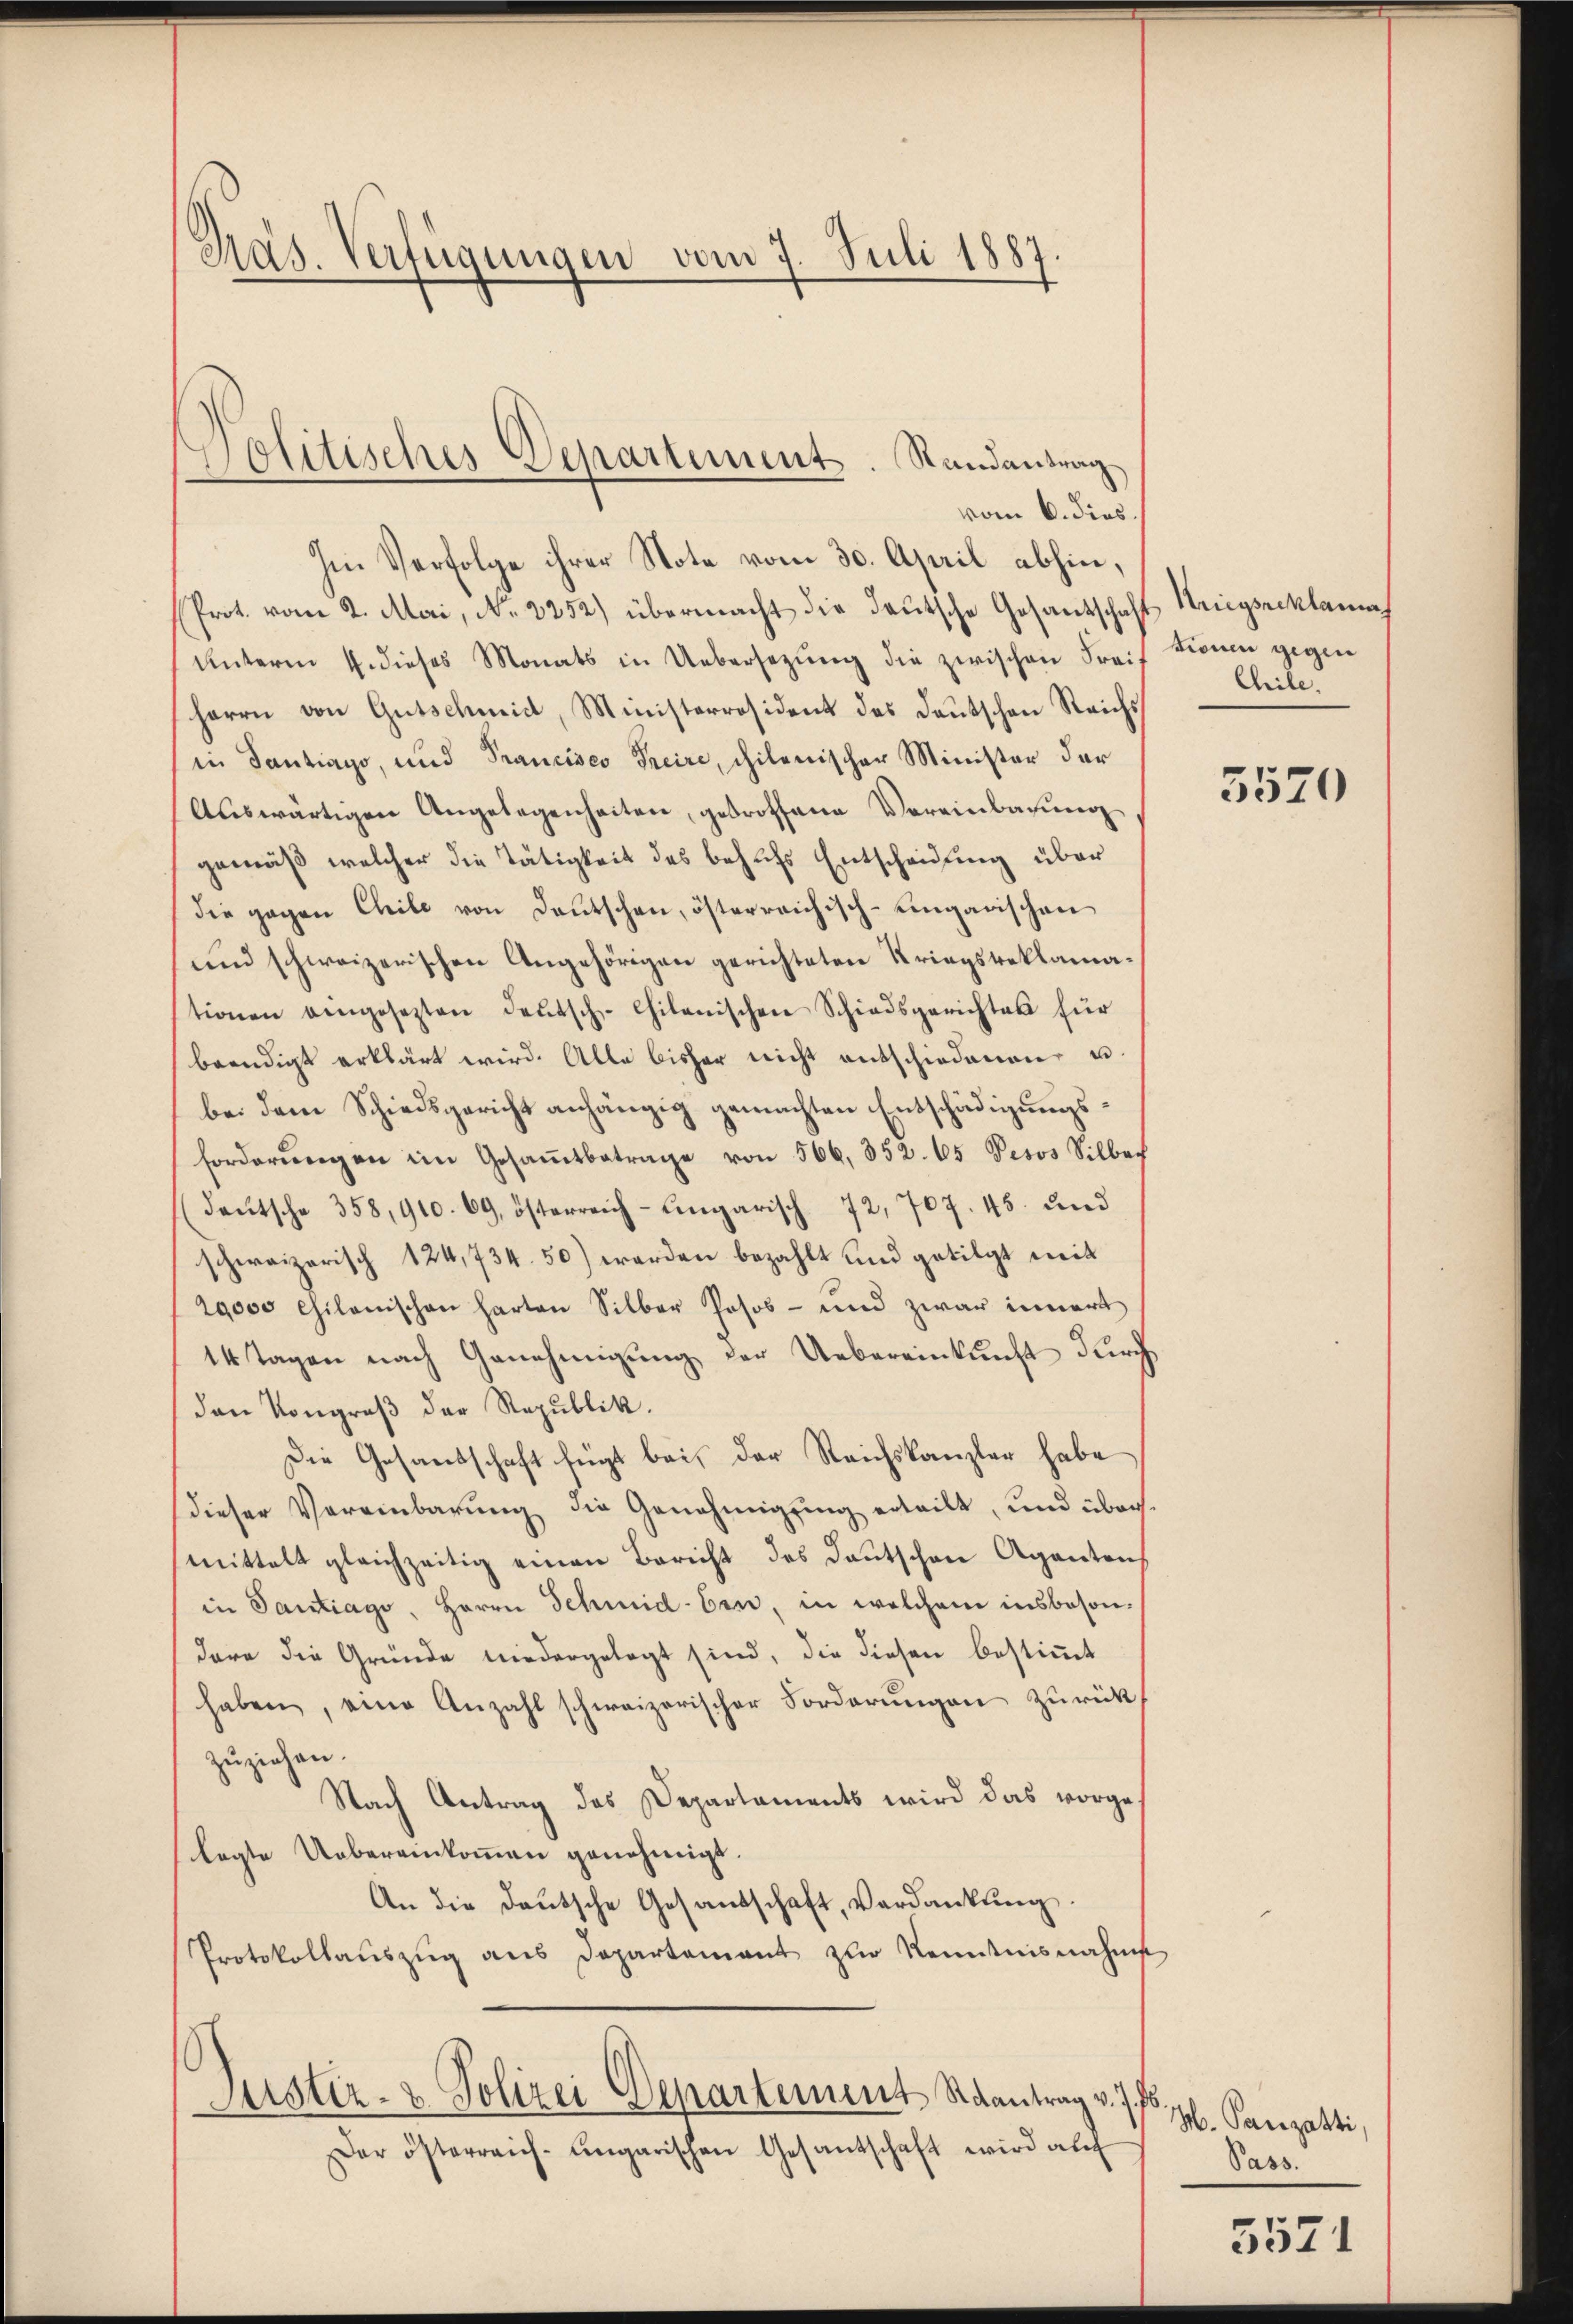
Pas. Verfügungen vom 7. Juli 1887

)
Politisches Departement. Randantrag
vom 6. dies.

Im Verfolge ihrer Note vom 30. April abhin,
Prot. vom 2. Mai, No. 2252) übermacht die deutsche Gesantschaft Kriegsreklama
Unterm 1. dieses Monats in Uebersetzŭng die zwischen Frei Tionen gegen
herrn von Gutschmid, Ministerräsident des Deutschen Reichs
in Santiago, und Prancisco Freire, chilenischer Minister der
Aŭswärtigen Angelegenheiten, gedrothane Vereinbarung
gemäß welcher die Tätigkeit des behufs Entscheidung über
die gegen Chile von Deutschen, österreichisch-Eingarischen
und schweizerischen Angehörigen gerichteten Kriegsbeklamationen eingesezten Deutsch-Chilanischen Schiedsgerichtes für
beendigt erklärt wird. Alle bisher nicht entschiedenen u.
bei dem Schiedsgericht anhängig gemachten Entschädigungsforderŭngen im Gesaṁtbetrage von 566, 352. 65 Pesos Silber
deutsche 358,910. 69, österreich-ungarisch. 72, 707. 45. und
schweizerisch 124, 734. 50) werden bezahlt und getilgt mit
29000 chilenischen harten Silber Posos - und zwar innert
14 Tagen nach Genehmigung der Uebereinkunft durch
den Kongroβ der Republik.
Die Gesandschaft fügt bei der Reichskanzler habe
dieser Vereinbarung die Genehmigung erteilt, und übermittelt gleichzeitig einen Bericht des Deutschen Agantens
in Santiago, Herrn Schmid-Ein, in welchem insbeson-
dare die Gründe niedergelegt sind, die diesen bestimmt
haben, eine Anzahl schweizerischer Forderungen zurück
zuziehen.
Nach Antrag des Departaments wird das vorgelagte Uebereinkoṁen genehmigt.
An die deutsche Gesandschaft, Verdankung.
Protokollaŭszŭg ans Departement zur Kenntnisnahms
Justiz- & Polizei Departement Raantrag v. J. Js.,
Der österreich-ungarischen Gesantschaft wird aŭf

Chile.

3570

M. Panzatti,
Pass

5521